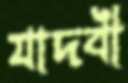
যাদবী